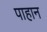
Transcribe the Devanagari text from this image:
पाहान